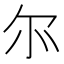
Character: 𫹬